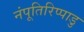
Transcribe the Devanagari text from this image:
नंपूतिरिप्पाडु